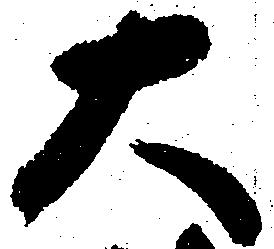
大